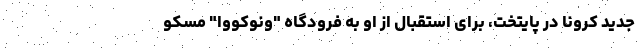
جدید کرونا در پایتخت، برای استقبال از او به فرودگاه "ونوکووا" مسکو